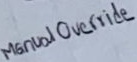
Text: Manual Override